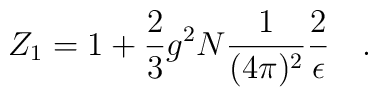
Z_{1}=1+ \frac{2}{3}g^{2}N\frac{1}{(4\pi)^{2}}\frac{2}{\epsilon}~~~.